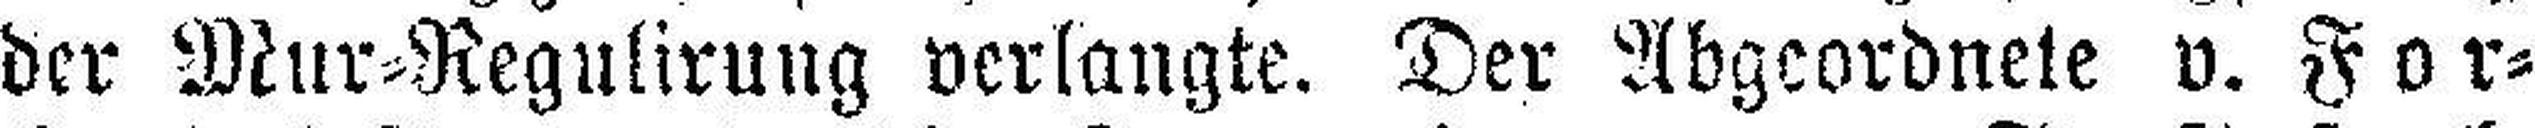
der Mur=Regulirung verlangte. Der Abgcordnete v. For¬